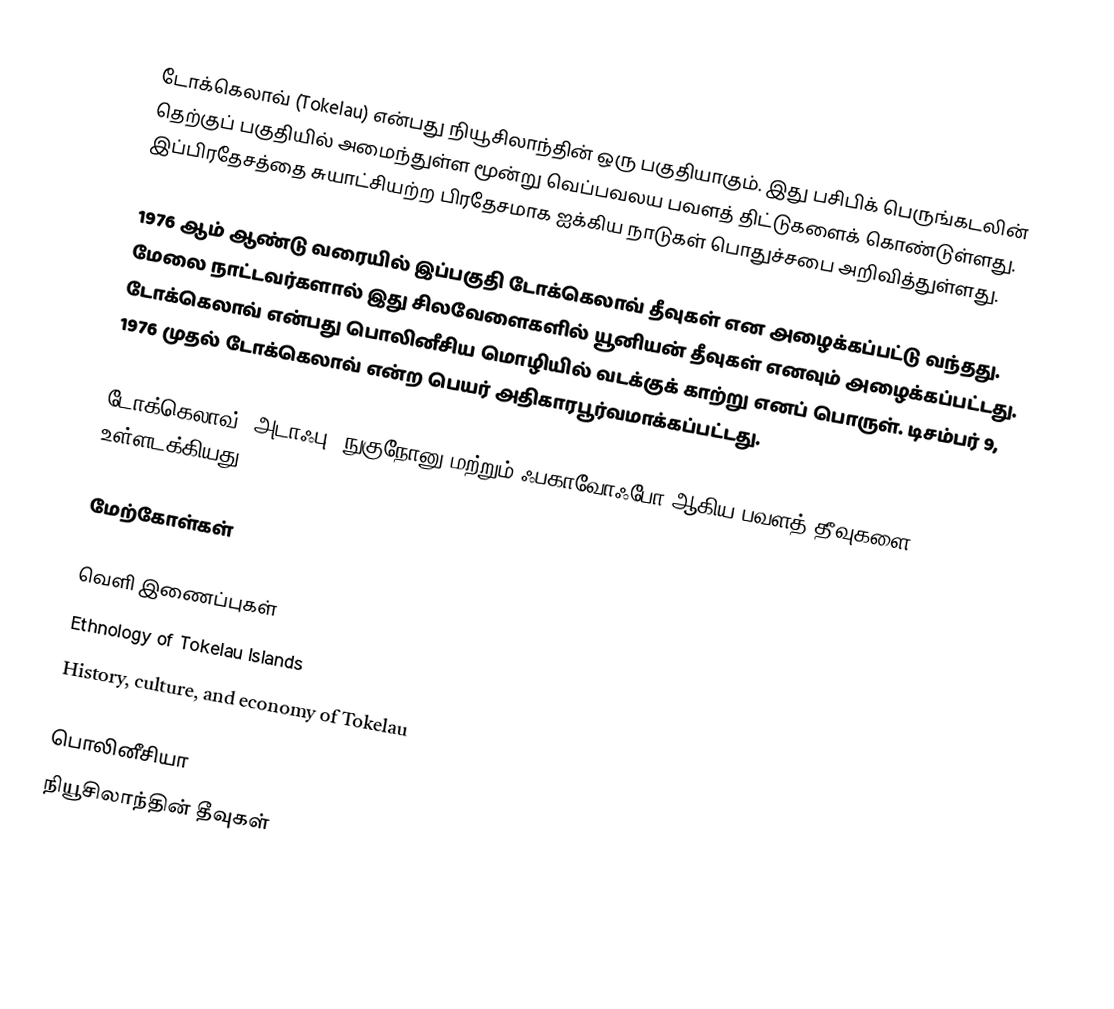
டோக்கெலாவ் (Tokelau) என்பது நியூசிலாந்தின் ஒரு பகுதியாகும். இது பசிபிக் பெருங்கடலின் தெற்குப் பகுதியில் அமைந்துள்ள மூன்று வெப்பவலய பவளத் திட்டுகளைக் கொண்டுள்ளது. இப்பிரதேசத்தை சுயாட்சியற்ற பிரதேசமாக ஐக்கிய நாடுகள் பொதுச்சபை அறிவித்துள்ளது.

1976 ஆம் ஆண்டு வரையில் இப்பகுதி டோக்கெலாவ் தீவுகள் என அழைக்கப்பட்டு வந்தது. மேலை நாட்டவர்களால் இது சிலவேளைகளில் யூனியன் தீவுகள் எனவும் அழைக்கப்பட்டது. டோக்கெலாவ் என்பது பொலினீசிய மொழியில் வடக்குக் காற்று எனப் பொருள். டிசம்பர் 9, 1976 முதல் டோக்கெலாவ் என்ற பெயர் அதிகாரபூர்வமாக்கப்பட்டது.

டோக்கெலாவ், அடாஃபு, நுகுநோனு மற்றும் ஃபகாவோஃபோ ஆகிய பவளத் தீவுகளை உள்ளடக்கியது.

மேற்கோள்கள்

வெளி இணைப்புகள்
 Ethnology of Tokelau Islands
 History, culture, and economy of Tokelau

பொலினீசியா
நியூசிலாந்தின் தீவுகள்